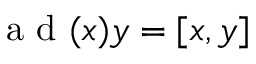
{ \textrm { a d } } ( x ) y = [ x , y ]